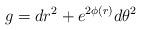
LaTeX: \begin{align*} g = dr^2 + e^{2\phi(r)} d\theta^2\end{align*}